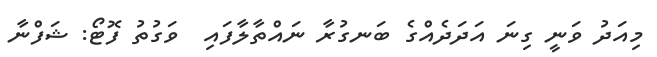
މިއަދު ވަނީ ގިނަ އަދަދެއްގެ ބަނގުރާ ނައްތާލާފައި  ވަގުތު ފޮޓޯ: ޝަފްނާ